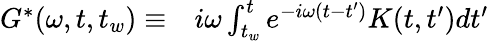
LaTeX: \begin{array}{rl}{{G}^{*}(\omega,t,t_{w})\equiv}&{{}i\omega\int_{t_{w}}^{t}e^{-i\omega(t-t^{\prime})}K(t,t^{\prime})dt^{\prime}}\end{array}